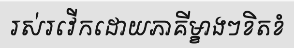
រស់រវើកដោយភាគីម្ខាងៗខិតខំ